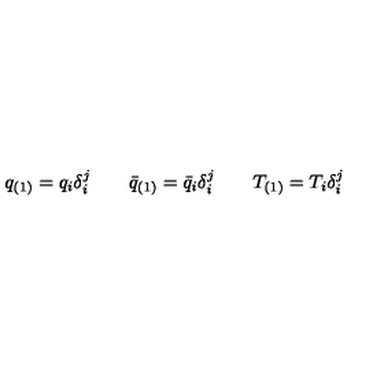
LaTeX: q _ { ( 1 ) } = q _ { i } \delta _ { i } ^ { j } \qquad \bar { q } _ { ( 1 ) } = \bar { q } _ { i } \delta _ { i } ^ { j } \qquad T _ { ( 1 ) } = T _ { i } \delta _ { i } ^ { j }